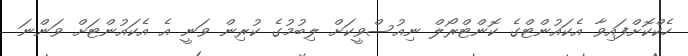
ހެކްކޮށްފައިވާ އެކައުންޓްގެ ކޮންޓްރޯލް ނިއުސްވީކަށް ލިބުމުގެ ކުރިން ވަނީ އެ އެކައުންޓަށް ވަންނަ